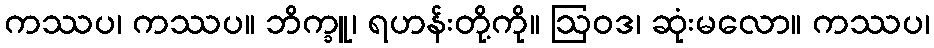
ကဿပ၊ ကဿပ။ ဘိက္ခူ၊ ရဟန်းတို့ကို။ ဩဝဒ၊ ဆုံးမလော။ ကဿပ၊